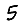
Digit: 5